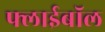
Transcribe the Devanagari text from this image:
फ्लाईबॉल